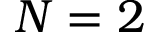
N = 2